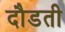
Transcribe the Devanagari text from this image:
दौडती